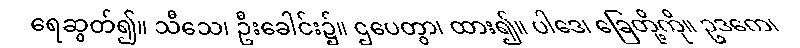
ရေဆွတ်၍။ သီသေ၊ ဦးခေါင်း၌။ ဌပေတွာ၊ ထား၍။ ပါဒေ၊ ခြေတို့ကို။ ဥဒကေ၊